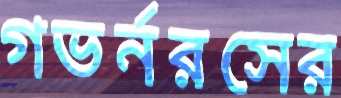
গভর্নরসের